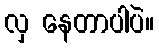
လှ နေတာပါပဲ။